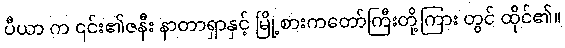
ပီယာ က ၎င်း၏ဇနီး နာတာရှာနှင့် မြို့စားကတော်ကြီးတို့ကြား တွင် ထိုင်၏။